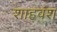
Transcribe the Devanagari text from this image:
शाहवंश